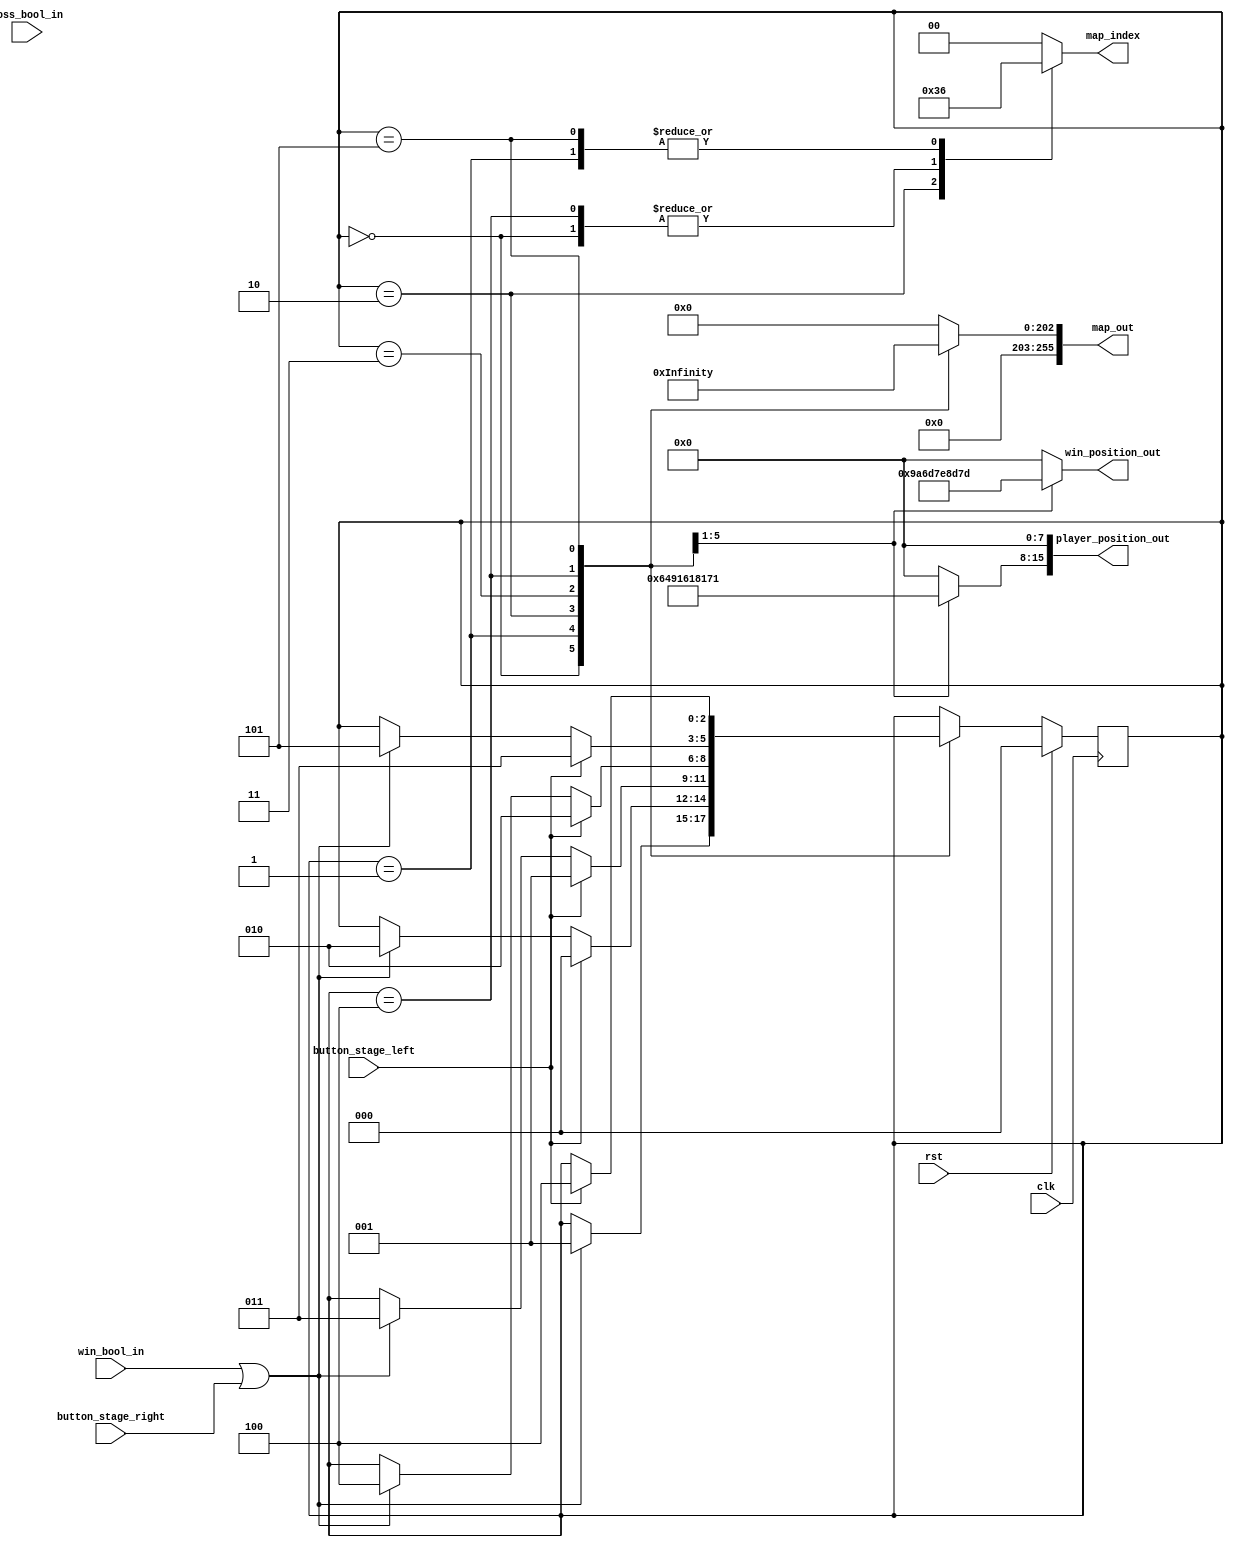
/*
   This file was generated automatically by the Mojo IDE version B1.3.6.
   Do not edit this file directly. Instead edit the original Lucid source.
   This is a temporary file and any changes made to it will be destroyed.
*/

module map_38 (
    input clk,
    input rst,
    input button_stage_left,
    input button_stage_right,
    input win_bool_in,
    input loss_bool_in,
    output reg [255:0] map_out,
    output reg [15:0] player_position_out,
    output reg [7:0] win_position_out,
    output reg [1:0] map_index
  );
  
  
  
  localparam MAP1_map_fsm = 3'd0;
  localparam MAP2_map_fsm = 3'd1;
  localparam MAP3_map_fsm = 3'd2;
  localparam MAP4_map_fsm = 3'd3;
  localparam MAP5_map_fsm = 3'd4;
  localparam MAPWIN_map_fsm = 3'd5;
  
  reg [2:0] M_map_fsm_d, M_map_fsm_q = MAP1_map_fsm;
  
  always @* begin
    M_map_fsm_d = M_map_fsm_q;
    
    map_out = 1'h0;
    player_position_out = 1'h0;
    win_position_out = 1'h0;
    map_index = 1'h0;
    
    case (M_map_fsm_q)
      MAP1_map_fsm: begin
        map_out = 256'h000000000000000000001c001f801ff00ff800f8007000000000000000000000;
        player_position_out[8+7-:8] = 7'h64;
        win_position_out = 8'h9a;
        map_index = 1'h1;
        if (win_bool_in || button_stage_right) begin
          M_map_fsm_d = MAP2_map_fsm;
        end
      end
      MAP2_map_fsm: begin
        map_out = 256'h0000000000000000000003cef3cef3cef3cefffef3c000000000000000000000;
        player_position_out[8+7-:8] = 8'h91;
        win_position_out = 7'h6d;
        map_index = 2'h2;
        if (win_bool_in || button_stage_right) begin
          M_map_fsm_d = MAP3_map_fsm;
        end
        if (button_stage_left) begin
          M_map_fsm_d = MAP1_map_fsm;
        end
      end
      MAP3_map_fsm: begin
        map_out = 256'h00000000000007f004f004fc7c0f0e0f0e07026003e003e001c0000000000000;
        player_position_out[8+7-:8] = 7'h61;
        win_position_out = 7'h7e;
        map_index = 2'h3;
        if (win_bool_in || button_stage_right) begin
          M_map_fsm_d = MAP4_map_fsm;
        end
        if (button_stage_left) begin
          M_map_fsm_d = MAP2_map_fsm;
        end
      end
      MAP4_map_fsm: begin
        map_out = 256'h0000000000000000000003f8f398ff9ef01ef01e000e00000000000000000000;
        player_position_out[8+7-:8] = 8'h81;
        win_position_out = 8'h8d;
        map_index = 3'h4;
        if (win_bool_in || button_stage_right) begin
          M_map_fsm_d = MAP5_map_fsm;
        end
        if (button_stage_left) begin
          M_map_fsm_d = MAP3_map_fsm;
        end
      end
      MAP5_map_fsm: begin
        map_out = 256'h000000000000000000f000f0e09eff8ee1cee1ce71003f000000000000000000;
        player_position_out[8+7-:8] = 7'h71;
        win_position_out = 7'h7d;
        map_index = 3'h5;
        if (win_bool_in || button_stage_right) begin
          M_map_fsm_d = MAPWIN_map_fsm;
        end
        if (button_stage_left) begin
          M_map_fsm_d = MAP4_map_fsm;
        end
      end
      MAPWIN_map_fsm: begin
        map_out = 256'h0000000000000000000045d2449a449a4496549629d200000000000000000000;
        player_position_out[8+7-:8] = 1'h0;
        win_position_out = 1'h0;
        map_index = 3'h6;
        if (button_stage_left) begin
          M_map_fsm_d = MAP5_map_fsm;
        end
      end
      default: begin
        player_position_out = 1'h0;
      end
    endcase
  end
  
  always @(posedge clk) begin
    if (rst == 1'b1) begin
      M_map_fsm_q <= 1'h0;
    end else begin
      M_map_fsm_q <= M_map_fsm_d;
    end
  end
  
endmodule